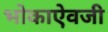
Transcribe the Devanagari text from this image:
भोकाऐवजी